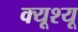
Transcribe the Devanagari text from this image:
क्यूश्यू